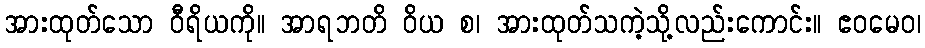
အားထုတ်သော ဝီရိယကို။ အာရဘတိ ဝိယ စ၊ အားထုတ်သကဲ့သို့လည်းကောင်း။ ဧဝမေဝ၊